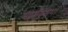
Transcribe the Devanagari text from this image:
महाविनाश।